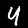
Label: 4